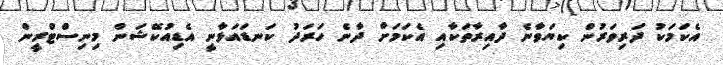
އެކަމަކު ދަރިވަރުން ކިޔަވާނެ ދާއިރާތަކާއި އެކަމަށް ދާނެ ހަރަދު ކަނޑައަޅާނީ އެޑިއުކޭޝަން މިނިސްޓްރީން